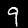
Label: 9